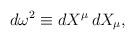
LaTeX: \begin{align*} d\omega^2 \equiv dX^\mu\, dX_\mu,\end{align*}